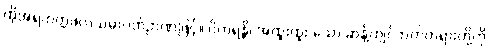
ထိုအရဟတ္တဖလသမာပတ်ဉာဏ်ဖြင့်။ ဝိဟရန္တိ၊ အထူးထူး သော ဆန့်ကျင်ဘက်တရားတို့ကို